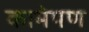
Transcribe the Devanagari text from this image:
कामेपण